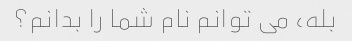
بله، می توانم نام شما را بدانم؟